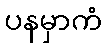
ပနမှာကံ